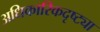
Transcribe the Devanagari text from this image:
अधिकारिकदृष्ट्या